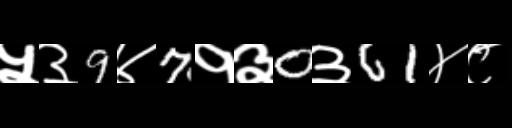
Text: ५३9४7१३0३61४८